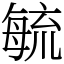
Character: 毓